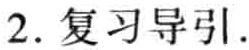
2. 复习导引.